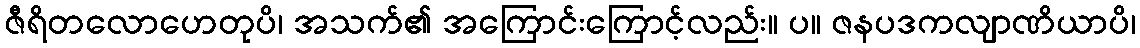
ဇီရိတလောဟေတုပိ၊ အသက်၏ အကြောင်းကြောင့်လည်း။ ပ။ ဇနပဒကလျာဏိယာပိ၊